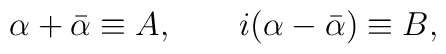
\alpha+\bar\alpha\equiv A, \qquad i(\alpha-\bar\alpha)\equiv B,